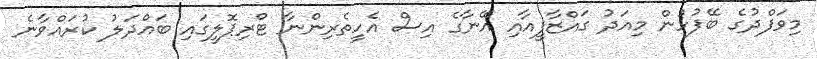
މިވަފްދުގެ ބޭފުޅުން މިއަދު ގައްޒާފީއާއި އޭނާގެ އިސް އެހީތެރިންނާ ޓްރިޕޮލީގައި ބައްދަލު ކުރައްވާނެ